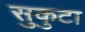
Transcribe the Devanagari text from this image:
सुकुटा